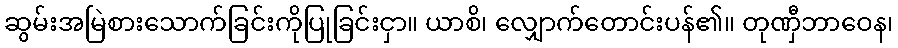
ဆွမ်းအမြဲစားသောက်ခြင်းကိုပြုခြင်းငှာ။ ယာစိ၊ လျှောက်တောင်းပန်၏။ တုဏှီဘာဝေန၊